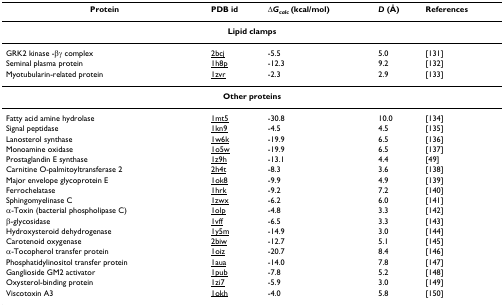
| Protein | PDB id | ΔGcalc (kcal/mol) | D (Å) | References |
 | --- | --- | --- | --- | --- |
 | <COLSPAN=5> Lipid clamps |
 | GRK2 kinase -βγ complex | 2bcj | -5.5 | 5.0 | [131] |
 | Seminal plasma protein | 1h8p | -12.3 | 9.2 | [132] |
 | Myotubularin-related protein | 1zvr | -2.3 | 2.9 | [133] |
 | <COLSPAN=5> Other proteins |
 | Fatty acid amine hydrolase | 1mt5 | -30.8 | 10.0 | [134] |
 | Signal peptidase | 1kn9 | -4.5 | 4.5 | [135] |
 | Lanosterol synthase | 1w6k | -19.9 | 6.5 | [136] |
 | Monoamine oxidase | 1o5w | -19.9 | 6.5 | [137] |
 | Prostaglandin E synthase | 1z9h | -13.1 | 4.4 | [49] |
 | Carnitine O-palmitoyltransferase 2 | 2h4t | -8.3 | 3.6 | [138] |
 | Major envelope glycoprotein E | 1ok8 | -9.9 | 4.9 | [139] |
 | Ferrochelatase | 1hrk | -9.2 | 7.2 | [140] |
 | Sphingomyelinase C | 1zwx | -6.2 | 6.0 | [141] |
 | α-Toxin (bacterial phospholipase C) | 1olp | -4.8 | 3.3 | [142] |
 | β-glycosidase | 1vff | -6.5 | 3.3 | [143] |
 | Hydroxysteroid dehydrogenase | 1y5m | -14.9 | 3.0 | [144] |
 | Carotenoid oxygenase | 2biw | -12.7 | 5.1 | [145] |
 | α-Tocopherol transfer protein | 1oiz | -20.7 | 8.4 | [146] |
 | Phosphatidylinositol transfer protein | 1aua | -14.0 | 7.8 | [147] |
 | Ganglioside GM2 activator | 1pub | -7.8 | 5.2 | [148] |
 | Oxysterol-binding protein | 1zi7 | -5.9 | 3.0 | [149] |
 | Viscotoxin A3 | 1okh | -4.0 | 5.8 | [150] |